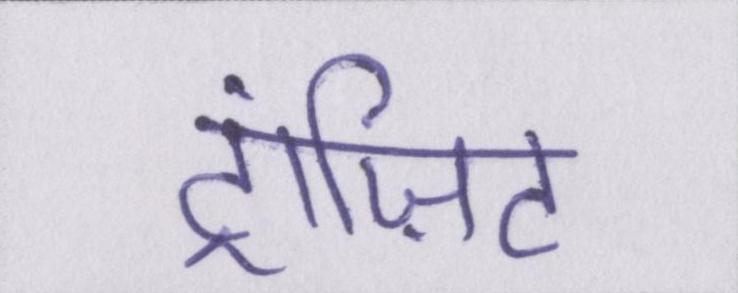
ट्रांज़िट